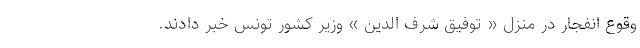
وقوع انفجار در منزل « توفیق شرف الدین » وزیر کشور تونس خبر دادند.